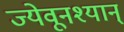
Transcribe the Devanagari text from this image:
ज्येवूनश्यान्